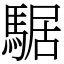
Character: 𩤅